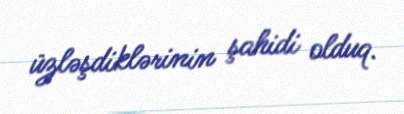
üzləşdiklərinin şahidi olduq.